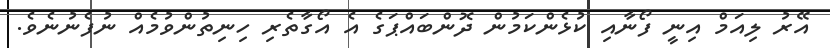
އޭރު ލިއަމް އިނީ ފޯނާއި ކުޅެންކަމުން ދޮންބައްޕަގެ އެ އޯގާތެރި ހިނިތުންވުމެއް ނުފެނުނެވެ.